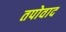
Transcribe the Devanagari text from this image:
तपोवाद